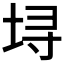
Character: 𫭯